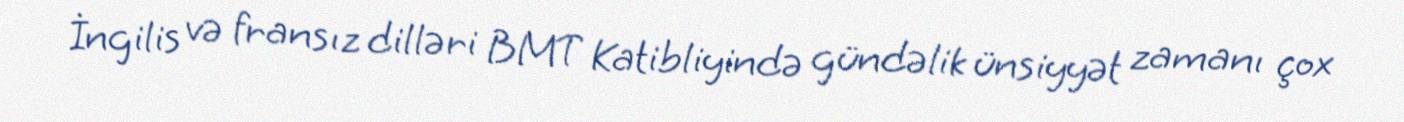
İngilis və fransız dilləri BMT Katibliyində gündəlik ünsiyyət zamanı çox